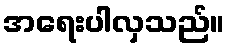
အရေးပါလှသည်။